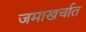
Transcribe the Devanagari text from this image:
जमाखर्चात